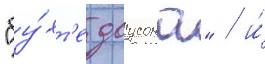
"бу́хт'е доусона" / и́